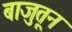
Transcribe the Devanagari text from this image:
बाजुतून